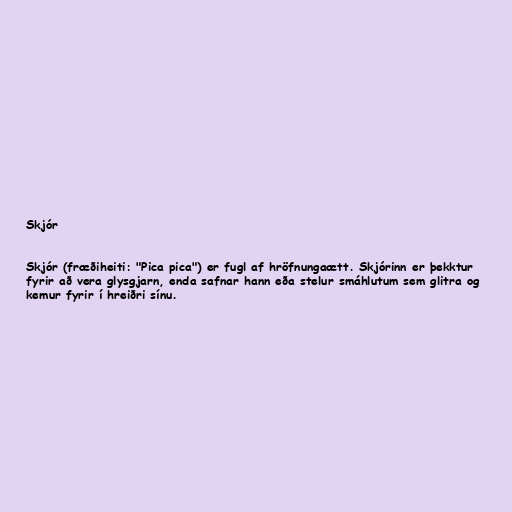
Skjór

Skjór (fræðiheiti: "Pica pica") er fugl af hröfnungaætt. Skjórinn er þekktur
fyrir að vera glysgjarn, enda safnar hann eða stelur smáhlutum sem glitra og
kemur fyrir í hreiðri sínu.